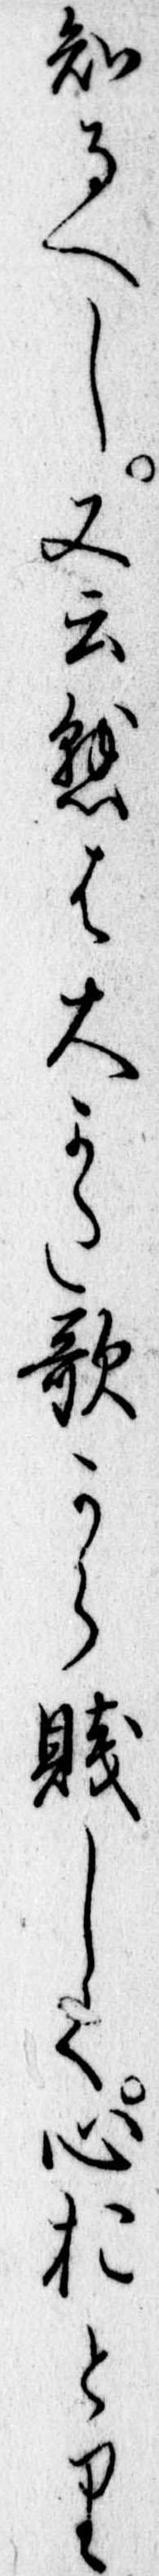
知るへし又云懸は大かた歌から賎しく心おとり